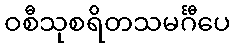
ဝစီသုစရိတသမင်္ဂီပေ